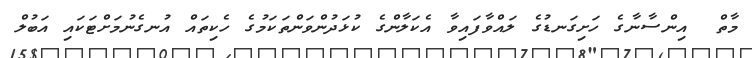
މާތް  އިންސާނާގެ ހަށިގަނޑުގެ ލައްވާފައިވާ އެކަލާންގެ ކުޅަދުންވަންތަކަމުގެ ހެކިތައް އުނގެނުމަށްޓަކައި އަބުލް